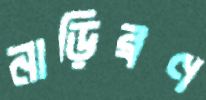
নাড়িব্রণ